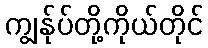
ကျွန်ုပ်တို့ကိုယ်တိုင်